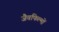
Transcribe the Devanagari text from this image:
जैवफिल्मों